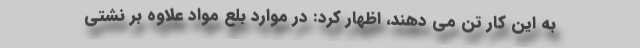
به این کار تَن می دهند، اظهار کرد: در موارد بلع مواد علاوه بر نشتی